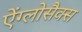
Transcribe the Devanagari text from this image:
ऐंग्लोसैक्स